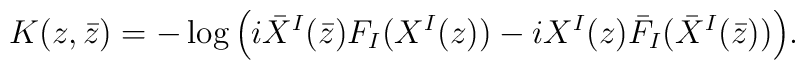
K(z,\bar z)=-\log\Big(i \bar X^I(\bar z)F_I ( X^I(z))-i X^I(z)\bar F_I(\bar X^I(\bar z))\Big) .